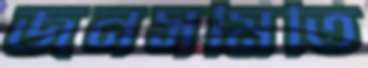
জনসমিতি